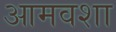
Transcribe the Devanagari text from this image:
आमवशा